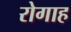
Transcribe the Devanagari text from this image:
रोगाह